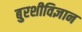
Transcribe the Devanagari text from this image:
बुरशीविज्ञान